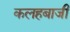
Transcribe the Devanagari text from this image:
कलहबाजी